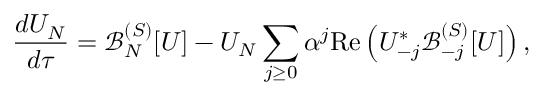
\frac { d U _ { N } } { d \tau } = \mathcal { B } _ { N } ^ { ( S ) } [ U ] - U _ { N } \sum _ { j \ge 0 } \alpha ^ { j } \mathrm { R e } \left( U _ { - j } ^ { * } \mathcal { B } _ { - j } ^ { ( S ) } [ U ] \right) ,